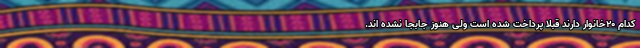
کدام ۲۰خانوار دارند قبلا پرداخت شده است ولی هنوز جابجا نشده اند.